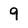
Character: 9